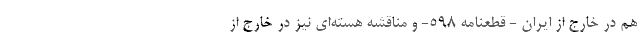
هم در خارج از ایران - قطعنامه 598- و مناقشه هسته‌ای نیز در خارج از